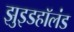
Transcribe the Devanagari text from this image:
झुइडहॉलंड